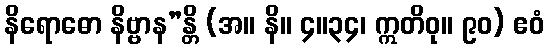
နိရောဓော နိဗ္ဗာန”န္တိ (အ။ နိ။ ၄။၃၄၊ ဣတိဝု။ ၉၀) ဧဝံ